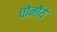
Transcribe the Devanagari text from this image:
चोर्नोये